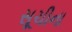
સૂચીના